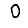
Digit: 0